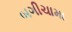
બગીચામા